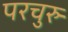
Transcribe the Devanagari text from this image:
परचुरु